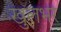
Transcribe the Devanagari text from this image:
खुलभर